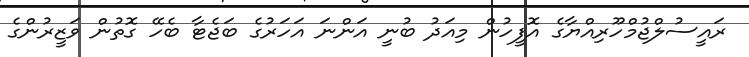
ރައީސުލްޖުމްހޫރިއްޔާގެ އޮފީހުން މިއަދު ބުނީ އަންނަ އަހަރުގެ ބަޖެޓާ ބެހޭ ގޮތުން ވަޒީރުންގެ